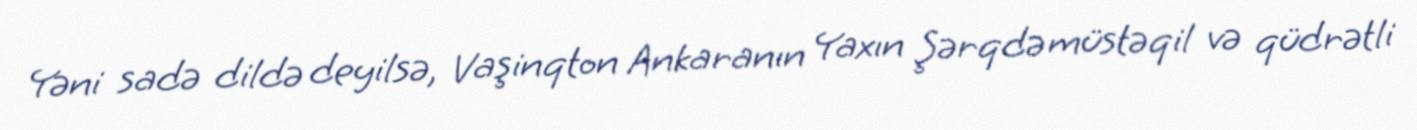
Yəni sadə dildə deyilsə, Vaşinqton Ankaranın Yaxın Şərqdə müstəqil və qüdrətli